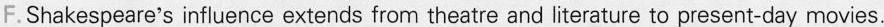
F.Shakespeare's influence extends from theatre and literature to present-day movies.